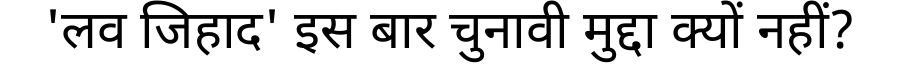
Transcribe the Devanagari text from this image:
'लव जिहाद' इस बार चुनावी मुद्दा क्यों नहीं?